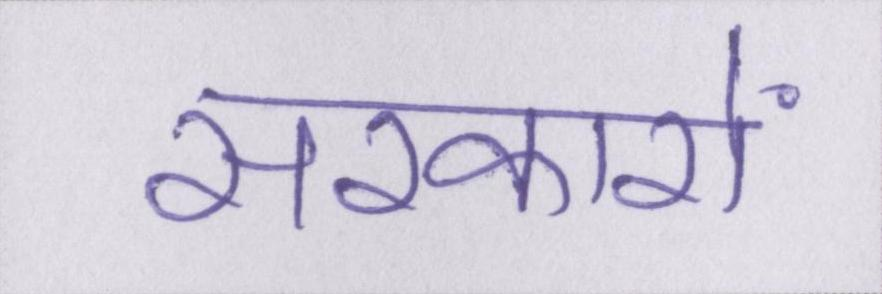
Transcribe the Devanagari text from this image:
सरकारों